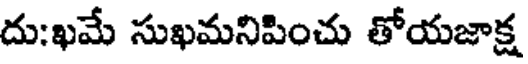
దు:ఖమే సుఖమనిపించు తోయజాక్ష